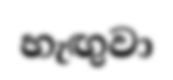
හැඟුවා